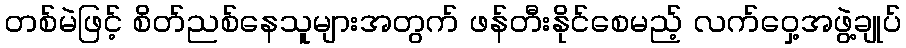
တစ်မဲဖြင့် စိတ်ညစ်နေသူများအတွက် ဖန်တီးနိုင်စေမည့် လက်ဝှေ့အဖွဲ့ချုပ်